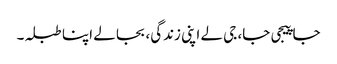
جا پیجی جا، جی لے اپنی زندگی، بجا لے اپنا طبلہ۔